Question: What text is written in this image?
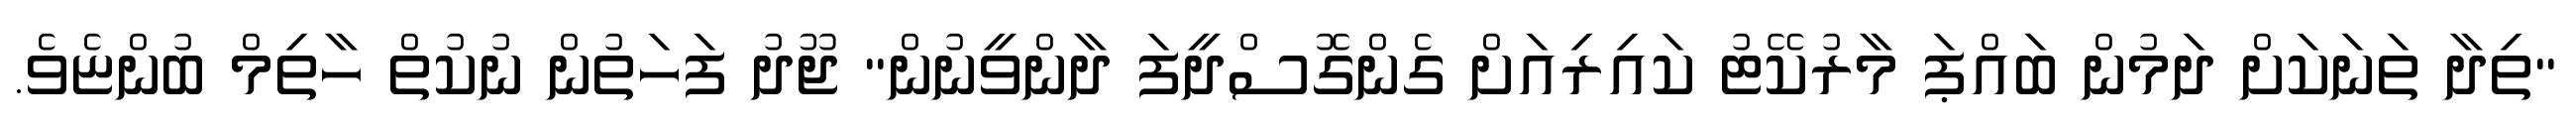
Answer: "ތިދާ ތަނަކަށް ދަމުން ބައްޕަ މާރުކޭޓު ކައިރިއަށް ގެންގޮސްދީފަ ދާންވީނުން" ޖޫދު ފަހަތުން ނުކުތް ހާތިމް ބުންޏެވެ.